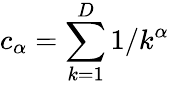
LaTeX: c_{\alpha}=\sum_{k=1}^{D}1/k^{\alpha}